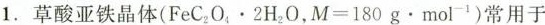
1. 草酸亚铁晶体$$( F e C _ { 2 } O _ { 4 } \cdot 2 H _ { 2 } O，M = 1 8 0 g \cdot m o l ^ { - 1 } )$$常用于